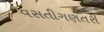
વસતીગણતરી